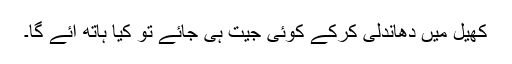
کھیل میں دھاندلی کرکے کوئی جیت ہی جائے تو کیا ہاتھ آئے گا۔